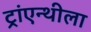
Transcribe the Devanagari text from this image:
ट्रांएन्थीला